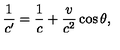
\frac { 1 } { c ^ { \prime } } = \frac { 1 } { c } + \frac { v } { c ^ { 2 } } \cos { \theta } ,